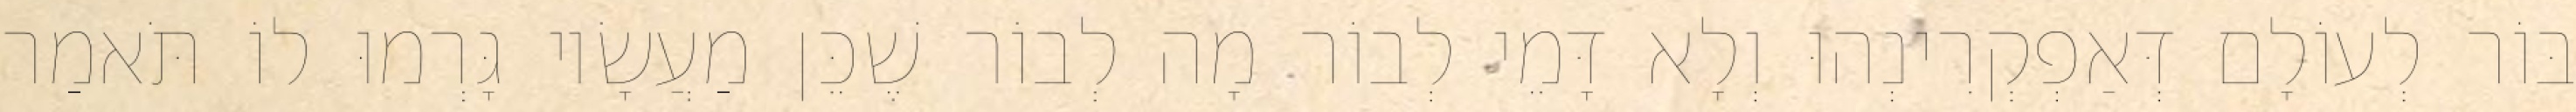
בּוֹר לְעוֹלָם דְּאַפְקְרִינְהוּ וְלָא דָּמֵי לְבוֹר מָה לְבוֹר שֶׁכֵּן מַעֲשָׂיו גָּרְמוּ לוֹ תֹּאמַר